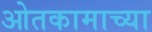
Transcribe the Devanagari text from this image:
ओतकामाच्या